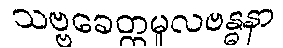
သဗ္ဗခေတ္တမူလဗန္ဓနာ